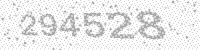
Solution: 294528